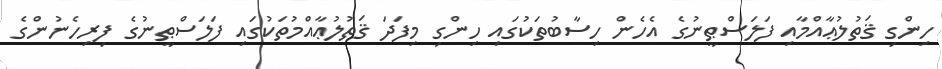
ހިންގި ޤަތުލުޢާއްމާއި ފަލަސްޠީނުގެ އެހެން ހިސާބުތަކުގައި ހިންގި މިފަދަ ޤަތުލުޢާއްމުތަކުގައި ފަލަސްޠީނުގެ ފިރިހެނުންގެ